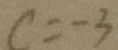
c = - 3